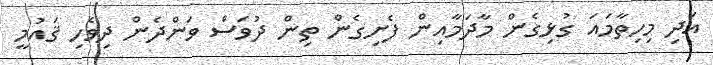
އަދި މިހިތާމައަ ގުޅިގެން މާދަމާއިން ފެށިގެން ތިން ދުވަސް ވަންދެން ދިވެހި ޤައުމީ